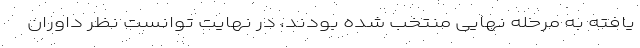
‌یافته به مرحله نهایی منتخب شده بودند، در نهایت توانست نظر داوران